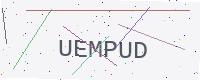
Text: UEMPUD